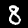
Label: 8